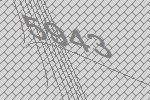
5943